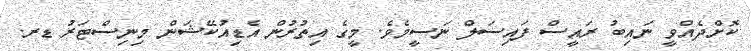
ކޮށްދެއްވީ ނައިބު ރައީސް ފައިސަލް ނަސީމެވެ. މީގެ އިތުރުން އެޑިއުކޭޝަން މިނިސްޓަރު ޑރ.